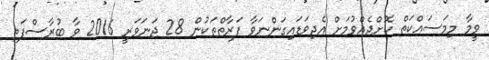
ވީމާ މިމަސައްކަތް ކޮށްދެއްވުމަށް އެދިވަޑައިގަންނަވާ ފަރާތްތަކުން 28 ޖަނަވަރީ 2016 ވާ ބުރާސްފަތި